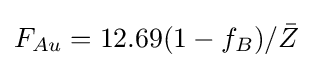
F_{Au}=12.69(1-f_{B})/{\bar {Z}}